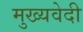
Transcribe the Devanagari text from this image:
मुख्यवेदी